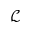
\mathcal { L }